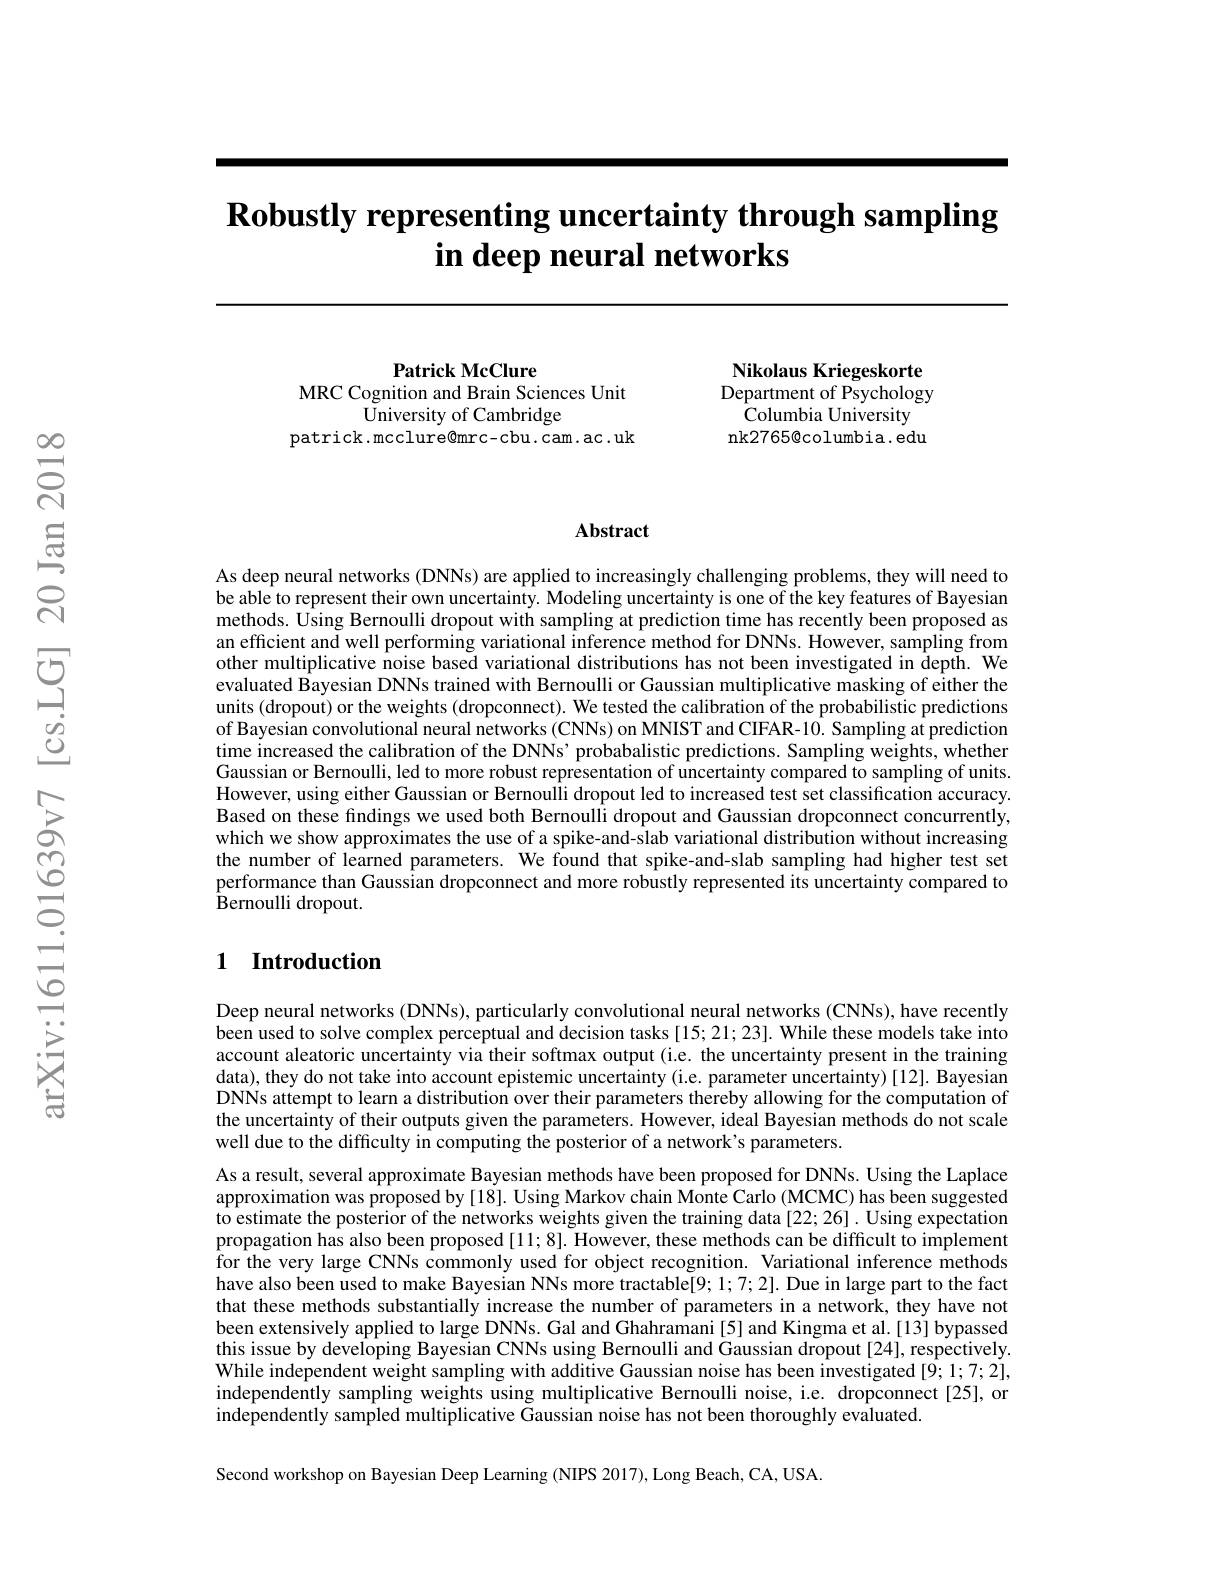
# $\textbf{Robustly representing uncertainty through sampling}$ in deep neural networks

Nikolaus Kriegeskorte Department of Psychology
Columbia University nk2765@columbia.edu

Patrick McClure
MRC Cognition and Brain Sciences Unit
University of Cambridge
patrick.mcclure@mrc-cbu.cam.ac.uk

## Abstract

As deep neural networks (DNNs) are applied to increasingly challenging problems, they will need to be able to represent their own uncertainty. Modeling uncertainty is one of the key features of Bayesian methods. Using Bernoulli dropout with sampling at prediction time has recently been proposed as an efficient and well performing variational inference method for DNNs. However, sampling from other multiplicative noise based variational distributions has not been investigated in depth. We evaluated Bayesian DNNs trained with Bernoulli or Gaussian multiplicative masking of either the units (dropout) or the weights (dropconnect). We tested the calibration of the probabilistic predictions of Bayesian convolutional neural networks (CNNs) on MNIST and CIFAR-10. Sampling at prediction time increased the calibration of the DNNs' probabalistic predictions. Sampling weights, whether Gaussian or Bernoulli, led to more robust representation of uncertainty compared to sampling of units. However, using either Gaussian or Bernoulli dropout led to increased test set classification accuracy. Based on these findings we used both Bernoulli dropout and Gaussian dropconnect concurrently, which we show approximates the use of a spike-and-slab variational distribution without increasing the number of learned parameters. We found that spike-and-slab sampling had higher test set performance than Gaussian dropconnect and more robustly represented its uncertainty compared to ${\hat{\text{Bernoulli dropout}}}.$

### 1 Introduction

Deep neural networks (DNNs), particularly convolutional neural networks (CNNs), have recently been used to solve complex perceptual and decision tasks [15;21;23]. While these models take into account aleatoric uncertainty via their softmax output (i.e. the uncertainty present in the training data), they do not take into account epistemic uncertainty (i.e. parameter uncertainty) [12]. Bayesian DNNs attempt to learn a distribution over their parameters thereby allowing for the computation of the uncertainty of their outputs given the parameters. However, ideal Bayesian methods do not scale well due to the difficulty in computing the posterior of a network's parameters.

As a result, several approximate Bayesian methods have been proposed for DNNs. Using the Laplace approximation was proposed by [18]. Using Markov chain Monte Carlo (MCMC) has been suggested to estimate the posterior of the networks weights given the training data [22; 26] . Using expectation propagation has also been proposed [11; 8]. However, these methods can be difficult to implement for the very large CNNs commonly used for object recognition. Variational inference methods have also been used to make Bayesian NNs more tractable[9; 1; 7; 2]. Due in large part to the fact that these methods substantially increase the number of parameters in a network, they have not been extensively applied to large DNNs. Gal and Ghahramani[5] and Kingma et al.[13] bypassed this issue by developing Bayesian CNNs using Bernoulli and Gaussian dropout [24], respectively. While independent weight sampling with additive Gaussian noise has been investigated [9; 1;7;2], independently sampling weights using multiplicative Bernoulli noise, i.e. dropconnect [25], or independently sampled multiplicative Gaussian noise has not been thoroughly evaluated.

Second workshop on Bayesian Deep Learning (NIPS 2017), Long Beach, CA, USA.